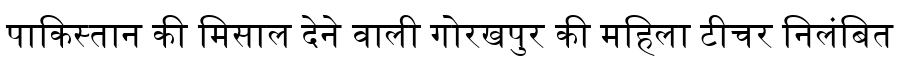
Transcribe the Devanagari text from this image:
पाकिस्तान की मिसाल देने वाली गोरखपुर की महिला टीचर निलंबित